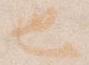
也